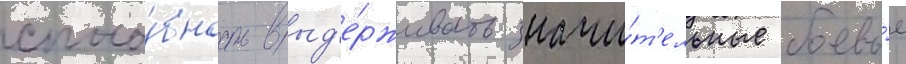
спосо́бность выд'е́рживать значи́т'ельные боевы́е